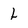
Character: l